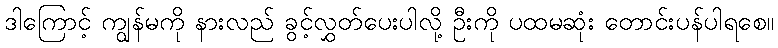
ဒါကြောင့် ကျွန်မကို နားလည် ခွင့်လွှတ်ပေးပါလို့ ဦးကို ပထမဆုံး တောင်းပန်ပါရစေ။